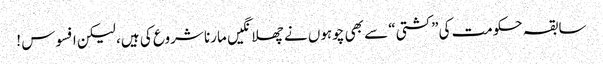
سابقہ حکومت کی”کشتی“ سے بھی چوہوں نے چھلانگیں مارنا شروع کی ہیں، لیکن افسوس !